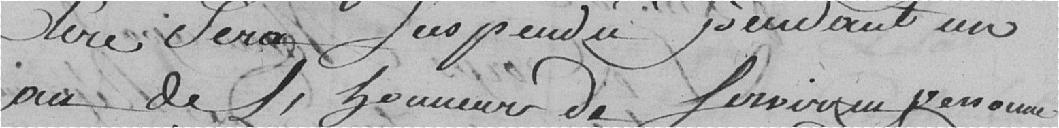
Père sera suspendu pendant un an de l'honneur de servir une personne